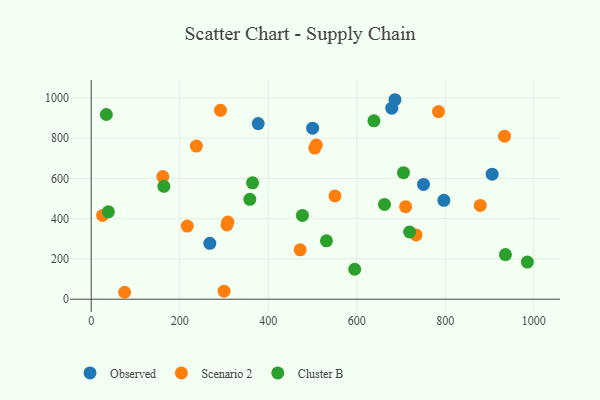
{"axis": {"x": "Ad Spend", "y": "Profit"}, "legend": ["Cluster B", "Observed", "Scenario 2"], "data": [{"x": "500.3", "y": 849.1, "type": "Observed"}, {"x": "750.8", "y": 570.0, "type": "Observed"}, {"x": "268.0", "y": 277.3, "type": "Observed"}, {"x": "377.3", "y": 872.4, "type": "Observed"}, {"x": "796.8", "y": 490.8, "type": "Observed"}, {"x": "905.9", "y": 620.9, "type": "Observed"}, {"x": "679.1", "y": 948.4, "type": "Observed"}, {"x": "686.3", "y": 990.6, "type": "Observed"}, {"x": "308.8", "y": 383.5, "type": "Scenario 2"}, {"x": "161.8", "y": 608.8, "type": "Scenario 2"}, {"x": "784.7", "y": 931.6, "type": "Scenario 2"}, {"x": "734.0", "y": 319.3, "type": "Scenario 2"}, {"x": "25.8", "y": 416.1, "type": "Scenario 2"}, {"x": "217.0", "y": 363.1, "type": "Scenario 2"}, {"x": "879.0", "y": 465.7, "type": "Scenario 2"}, {"x": "508.6", "y": 765.7, "type": "Scenario 2"}, {"x": "237.6", "y": 760.5, "type": "Scenario 2"}, {"x": "306.7", "y": 368.7, "type": "Scenario 2"}, {"x": "710.4", "y": 459.5, "type": "Scenario 2"}, {"x": "292.0", "y": 938.1, "type": "Scenario 2"}, {"x": "933.8", "y": 809.7, "type": "Scenario 2"}, {"x": "550.7", "y": 513.0, "type": "Scenario 2"}, {"x": "505.2", "y": 750.5, "type": "Scenario 2"}, {"x": "300.1", "y": 39.8, "type": "Scenario 2"}, {"x": "472.1", "y": 245.2, "type": "Scenario 2"}, {"x": "75.5", "y": 34.4, "type": "Scenario 2"}, {"x": "705.5", "y": 628.2, "type": "Cluster B"}, {"x": "38.8", "y": 434.1, "type": "Cluster B"}, {"x": "985.5", "y": 184.6, "type": "Cluster B"}, {"x": "662.7", "y": 470.9, "type": "Cluster B"}, {"x": "719.5", "y": 333.7, "type": "Cluster B"}, {"x": "531.5", "y": 290.1, "type": "Cluster B"}, {"x": "638.8", "y": 885.9, "type": "Cluster B"}, {"x": "477.2", "y": 415.8, "type": "Cluster B"}, {"x": "935.9", "y": 221.8, "type": "Cluster B"}, {"x": "164.2", "y": 560.4, "type": "Cluster B"}, {"x": "364.6", "y": 577.8, "type": "Cluster B"}, {"x": "595.3", "y": 148.7, "type": "Cluster B"}, {"x": "358.4", "y": 496.0, "type": "Cluster B"}, {"x": "34.2", "y": 917.2, "type": "Cluster B"}]}